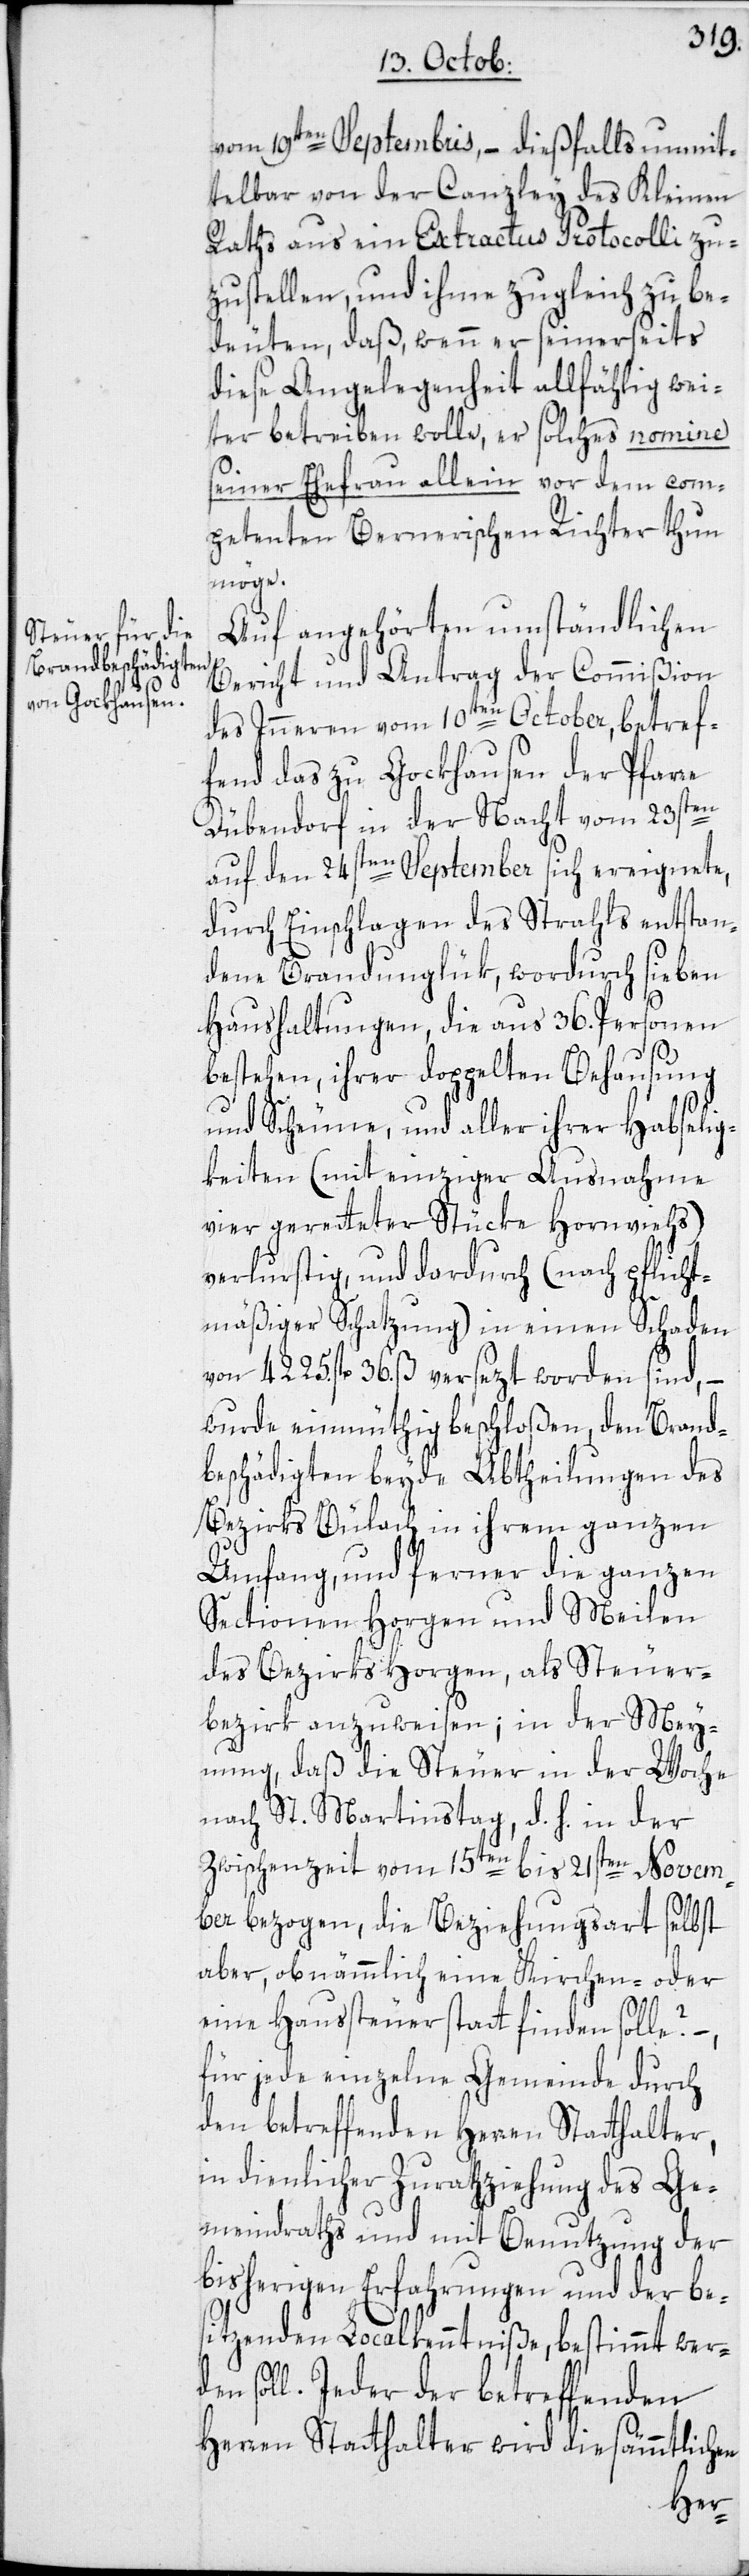
vom 19ten Septembris, – dießfalls unmit¬
telbar von der Canzley des Kleinen
Raths aus ein Extractus Protocolli zu¬
zustellen, und ihme zugleich zu be¬
deuten, daß, wenn er seinerseits
diese Angelegenheit allfählig wei¬
ter betreiben wolle, er solches nomine
seiner Ehefrau allein vor dem com¬
petenten Bernerischen Richter thun
möge.
Auf angehörten umständlichen
Bericht und Antrag der Commißion
des Inneren vom 10ten October, betref¬
fend das zu Gockhausen der Pfarre
Dübendorf, in der Nacht vom 23sten
auf den 24sten September sich ereignete,
durch Einschlagen des Strahls entstan¬
dene Brandunglük, wordurch sieben
Haushaltungen, die aus 36. Personen
bestehen, ihrer doppelten Behausung
und Scheune, und aller ihrer Habselig¬
keiten (mit einziger Ausnahme
vier geretteter Stücke Hornviehs)
verlurstig, und dardurch (nach pflicht¬
mäßiger Schatzung) in einen Schaden
von 4225. fl. 36. ß versezt worden sind,
wurde einmüthig beschloßen, den Brand¬
beschädigten beyde Abtheilungen des
Bezirks Bülach in ihrem ganzen
Umfang, und ferner die ganzen
Sectionen Horgen und Meilen
des Bezirks Horgen, als Steuer¬
bezirk anzuweisen; in der Mey¬
nung, daß die Steuer in der Woche
nach St. Martinstag, d. h. in der
Zwischenzeit vom 15ten bis 21sten Novem¬
ber bezogen, die Beziehungsart selbst
aber, ob nämmlich eine Kirchen- oder
eine Haussteuer statt finden solle?
für jede einzelne Gemeinde durch
den betreffenden Herren Statthalter,
in dienlicher Zurathziehung des Ge¬
meindraths und mit Benutzung der
bisherigen Erfahrungen und der be¬
sitzenden Localkenntniße, bestimmt wer¬
soll. Jeder der betreffenden
Herren Statthalter wird die sämmtlich¬
en